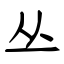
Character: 丛